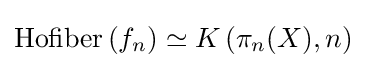
{\text{Hofiber}}\left(f_{n}\right)\simeq K\left(\pi _{n}(X),n\right)